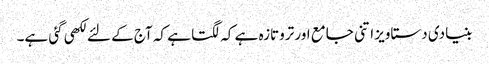
بنیادی دستاویز اتنی جامع اور تروتازہ ہے کہ لگتا ہے کہ آج کے لئے لکھی گئی ہے۔